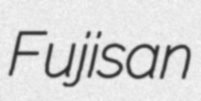
Fujisan